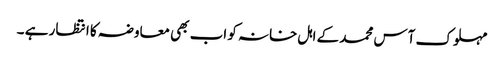
مہلوک آس محمد کے اہل خانہ کو اب بھی معاوضہ کا انتظار ہے ۔